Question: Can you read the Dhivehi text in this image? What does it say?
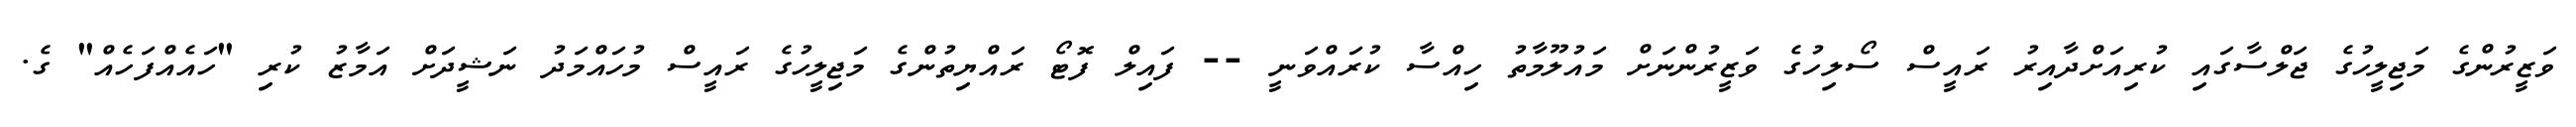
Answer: ވަޒީރުންގެ މަޖިލީހުގެ ޖަލްސާގައި ކުރިއަށްދާއިރު ރައީސް ސޯލިހުގެ ވަޒީރުންނަށް މައުލޫމާތު ހިއްސާ ކުރައްވަނީ -- ފައިލް ފޮޓޯ ރައްޔިތުންގެ މަޖިލީހުގެ ރައީސް މުހައްމަދު ނަޝީދަށް އަމާޒު ކުރި "ހައެއްފަހެއް" ގެ.